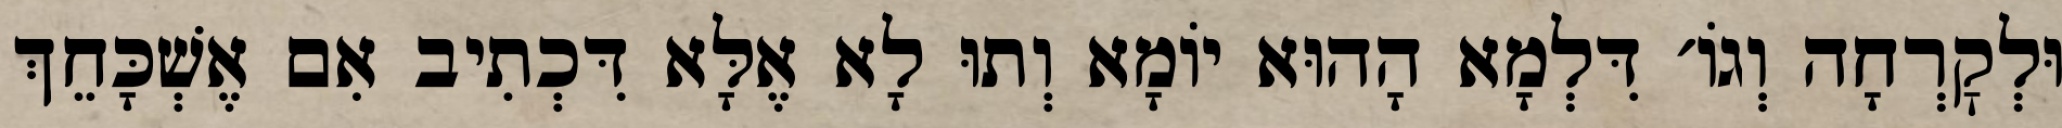
וּלְקׇרְחָה וְגוֹ׳ דִּלְמָא הָהוּא יוֹמָא וְתוּ לָא אֶלָּא דִּכְתִיב אִם אֶשְׁכָּחֵךְ